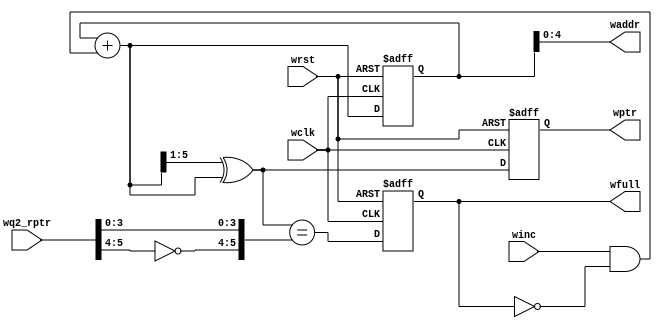
`timescale 1ns / 1ps
//////////////////////////////////////////////////////////////////////////////////
// Company: 
// Engineer: 
// 
// Design Name: 
// Module Name:    wptr_full 
// Project Name: 
// Target Devices: 
// Tool versions: 
// Description: 
//
// Dependencies: 
//
// Revision: 
// Revision 0.01 - File Created
// Additional Comments: 
//
//////////////////////////////////////////////////////////////////////////////////
module wptr_full #(parameter ADDRSIZE = 5)
	(
	 input wclk, wrst, winc, 
	 input [ADDRSIZE: 0] wq2_rptr,
	 output reg wfull,
	 output [ADDRSIZE - 1: 0] waddr,
	 output reg [ADDRSIZE: 0] wptr
    );
	
	reg [ADDRSIZE: 0] wbin;
	wire [ADDRSIZE: 0] wbinnext, wgraynext;
	wire wfull_val;
	
	assign wbinnext = wbin + (winc & ~wfull);
	assign wgraynext = (wbinnext >> 1) ^ wbinnext;
	assign waddr = wbin [ADDRSIZE-1 : 0] ;
	
	assign wfull_val = (wgraynext == {~wq2_rptr[ADDRSIZE: ADDRSIZE-1],wq2_rptr[ADDRSIZE-2:0]});
	
	always @ (negedge wclk or posedge wrst)
	begin
			if(wrst)
			begin
					wbin <= 0;
					wptr <= 0;
					wfull <= 0;
					
			end
			
			else
			begin
					wbin <= wbinnext;
					wptr <= wgraynext;
					wfull <= wfull_val;
			end
	end

endmodule